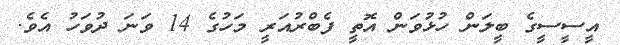
އީސީސީގެ ބީލަން ހުޅުވަން އޮތީ ފެބްރުއަރީ މަހުގެ 14 ވަނަ ދުވަހު އެވެ.